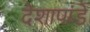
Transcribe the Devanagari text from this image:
देशापांडे